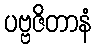
ပဗ္ဗဇိတာနံ